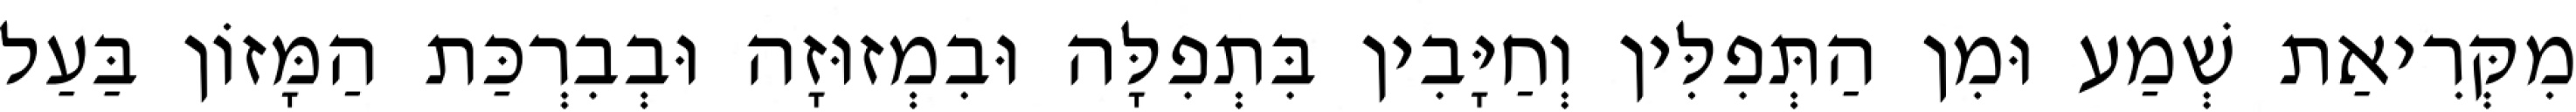
מִקְּרִיאַת שְׁמַע וּמִן הַתְּפִלִּין וְחַיָּבִין בִּתְפִלָּה וּבִמְזוּזָה וּבְבִרְכַּת הַמָּזוֹן בַּעַל